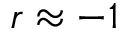
r \approx - 1